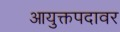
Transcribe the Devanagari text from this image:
आयुक्तपदावर